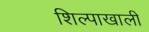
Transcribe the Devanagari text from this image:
शिल्पाखाली